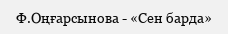
Ф.Оңғарсынова - «Сен барда»